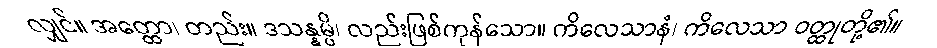
လျှင်။ အတ္ထော၊ တည်း။ ဒသန္နမ္ပိ၊ လည်းဖြစ်ကုန်သော။ ကိလေသာနံ၊ ကိလေသာ ဝတ္ထုတို့၏။